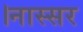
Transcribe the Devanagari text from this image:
।नास्सर